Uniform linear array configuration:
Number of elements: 16
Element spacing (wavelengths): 0.25
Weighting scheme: hamming
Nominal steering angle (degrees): -60
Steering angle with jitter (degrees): -59.007
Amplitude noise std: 0.05
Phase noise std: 0.05

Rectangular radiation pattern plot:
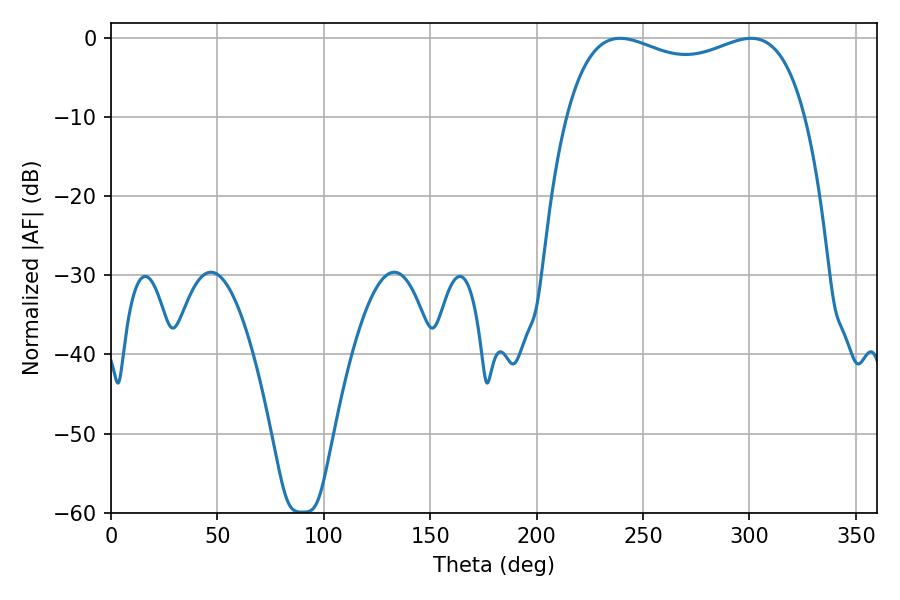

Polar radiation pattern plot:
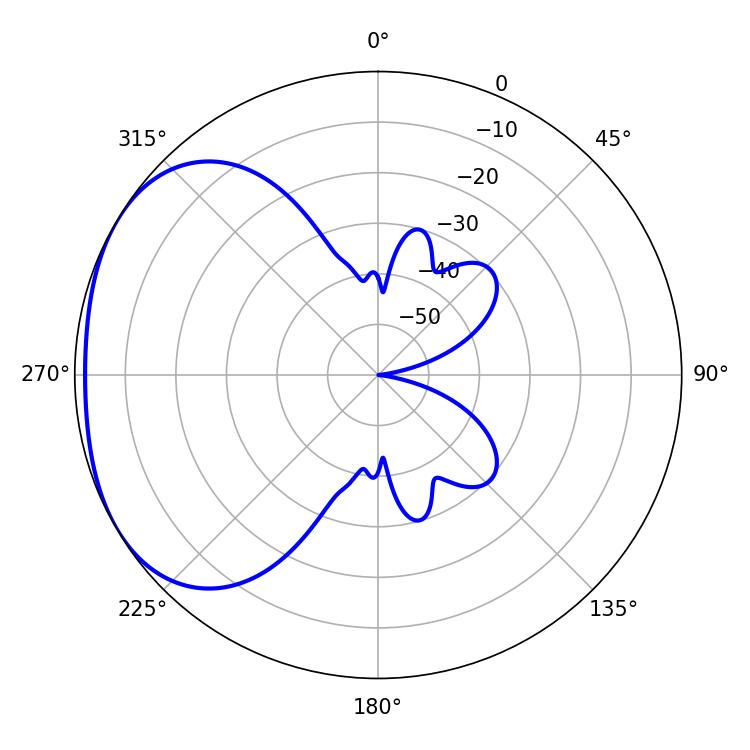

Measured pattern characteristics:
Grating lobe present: FALSE
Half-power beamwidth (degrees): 92.52
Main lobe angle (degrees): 239.22